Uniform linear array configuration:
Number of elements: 4
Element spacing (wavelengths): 0.25
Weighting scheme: blackman
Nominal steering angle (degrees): -15
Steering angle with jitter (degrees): -16.989
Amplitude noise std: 0.05
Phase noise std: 0.05

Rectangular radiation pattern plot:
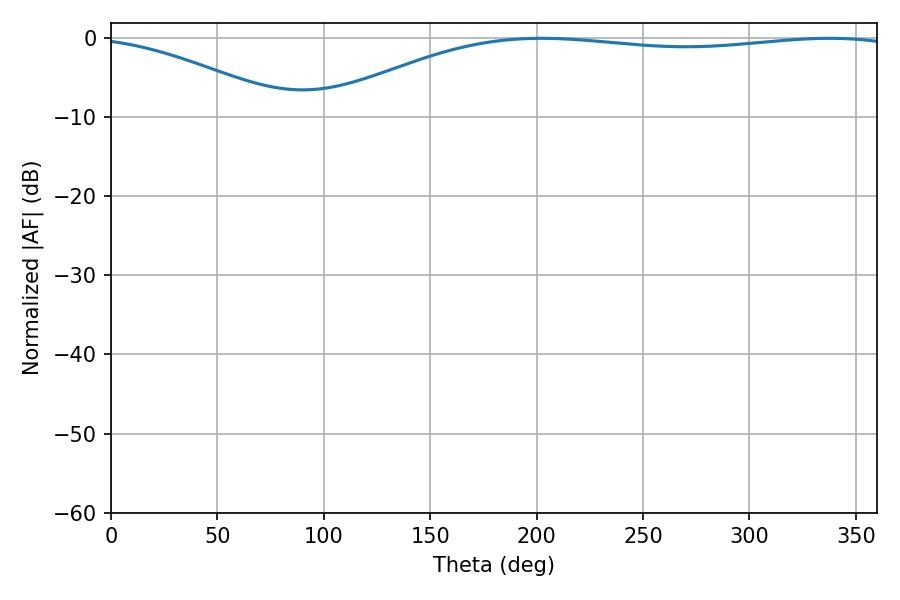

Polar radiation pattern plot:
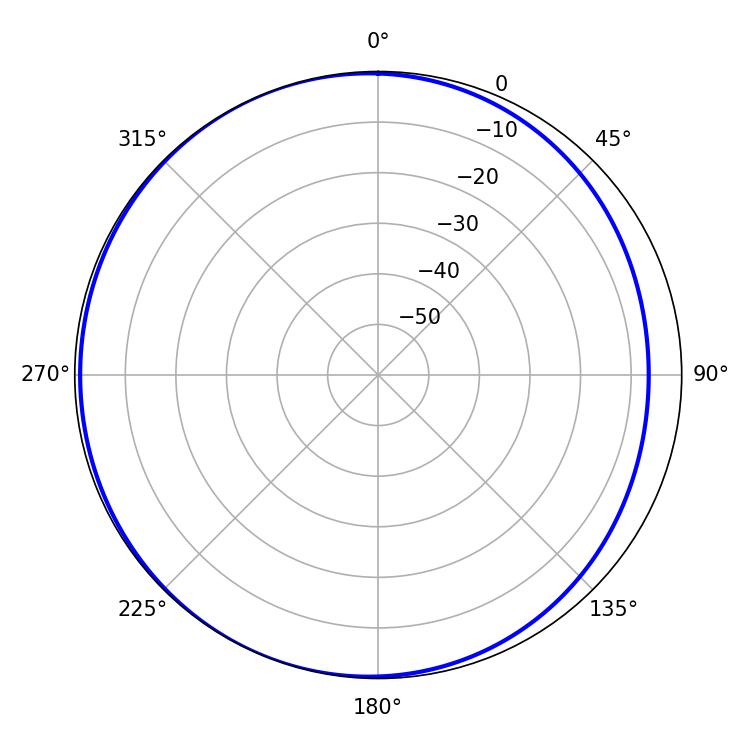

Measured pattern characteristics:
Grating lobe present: FALSE
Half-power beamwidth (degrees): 218.52
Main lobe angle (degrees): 202.32